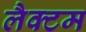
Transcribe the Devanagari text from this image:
लैक्टम